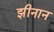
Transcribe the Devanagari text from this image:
झीनान